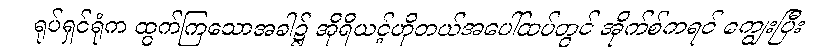
ရုပ်ရှင်ရုံက ထွက်ကြသောအခါ၌ အိုရီယင့်ဟိုတယ်အပေါ်ထပ်တွင် အိုက်စ်ကရင် ကျွေးပြီး